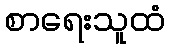
စာရေးသူထံ